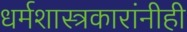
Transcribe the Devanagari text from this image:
धर्मशास्त्रकारांनीही